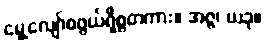
မွေ့လျော်စဖွယ်ရှိစွတကား။ အဇ္ဇ၊ ယခု။